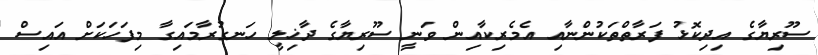
ސޫރިޔާގެ އިދިކޮޅު ފަރާތްތަކުންނާއި އެމެރިކާއިން ވަނީ ސޫރިޔާގެ ދާޚިލީ ހަނގުރާމައިގާ މިފަހަކަށް އައިސް